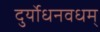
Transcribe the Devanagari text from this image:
दुर्योधनवधम्